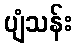
ပျံသန်း